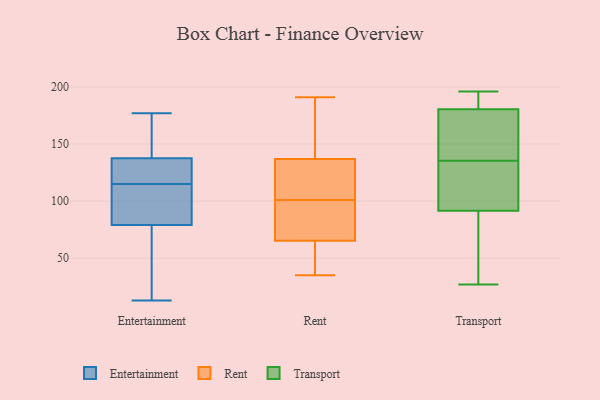
{"axis": {"x": "Latency (ms)", "y": "Value"}, "legend": ["Entertainment", "Rent", "Transport"], "data": [{"x": "", "y": 119, "type": "Entertainment"}, {"x": "", "y": 77, "type": "Entertainment"}, {"x": "", "y": 168, "type": "Entertainment"}, {"x": "", "y": 37, "type": "Entertainment"}, {"x": "", "y": 98, "type": "Entertainment"}, {"x": "", "y": 85, "type": "Entertainment"}, {"x": "", "y": 118, "type": "Entertainment"}, {"x": "", "y": 177, "type": "Entertainment"}, {"x": "", "y": 142, "type": "Entertainment"}, {"x": "", "y": 103, "type": "Entertainment"}, {"x": "", "y": 13, "type": "Entertainment"}, {"x": "", "y": 115, "type": "Entertainment"}, {"x": "", "y": 166, "type": "Entertainment"}, {"x": "", "y": 124, "type": "Entertainment"}, {"x": "", "y": 56, "type": "Entertainment"}, {"x": "", "y": 100, "type": "Rent"}, {"x": "", "y": 44, "type": "Rent"}, {"x": "", "y": 117, "type": "Rent"}, {"x": "", "y": 137, "type": "Rent"}, {"x": "", "y": 39, "type": "Rent"}, {"x": "", "y": 130, "type": "Rent"}, {"x": "", "y": 101, "type": "Rent"}, {"x": "", "y": 137, "type": "Rent"}, {"x": "", "y": 171, "type": "Rent"}, {"x": "", "y": 60, "type": "Rent"}, {"x": "", "y": 35, "type": "Rent"}, {"x": "", "y": 97, "type": "Rent"}, {"x": "", "y": 101, "type": "Rent"}, {"x": "", "y": 67, "type": "Rent"}, {"x": "", "y": 155, "type": "Rent"}, {"x": "", "y": 191, "type": "Rent"}, {"x": "", "y": 126, "type": "Rent"}, {"x": "", "y": 194, "type": "Transport"}, {"x": "", "y": 92, "type": "Transport"}, {"x": "", "y": 196, "type": "Transport"}, {"x": "", "y": 145, "type": "Transport"}, {"x": "", "y": 150, "type": "Transport"}, {"x": "", "y": 27, "type": "Transport"}, {"x": "", "y": 46, "type": "Transport"}, {"x": "", "y": 188, "type": "Transport"}, {"x": "", "y": 196, "type": "Transport"}, {"x": "", "y": 126, "type": "Transport"}, {"x": "", "y": 168, "type": "Transport"}, {"x": "", "y": 45, "type": "Transport"}, {"x": "", "y": 173, "type": "Transport"}, {"x": "", "y": 107, "type": "Transport"}, {"x": "", "y": 104, "type": "Transport"}, {"x": "", "y": 91, "type": "Transport"}]}